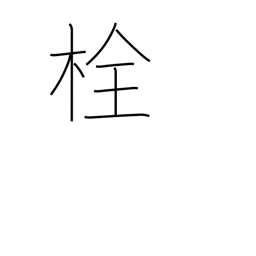
Meaning: plug